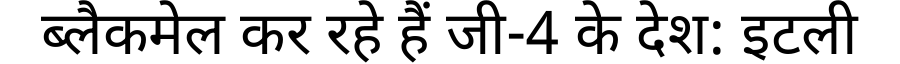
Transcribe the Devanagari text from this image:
ब्लैकमेल कर रहे हैं जी-4 के देश: इटली